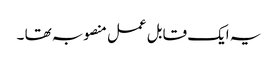
یہ ایک قابل عمل منصوبہ تھا ۔